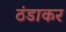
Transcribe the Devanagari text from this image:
ठंडाकर